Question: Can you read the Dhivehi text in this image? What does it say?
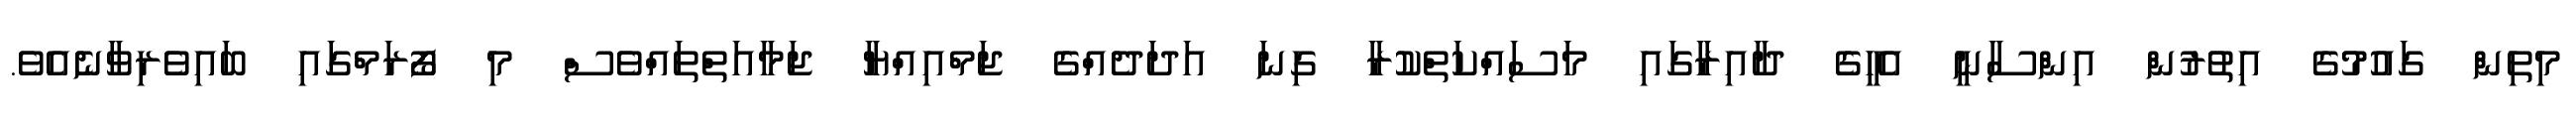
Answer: މިތިން ގައުމުގެ އިތުރުން އިންސާނީ އެހީގެ ދާއިރާގައި މަސައްކަތްކުރާ ގިނަ އަދަދެއްގެ ޖަމްއިއްޔާ ޖަމާއަތްތައްވެސް މި ފޯރަމްގައި ބައިވެރިވާނެއެވެ.